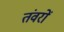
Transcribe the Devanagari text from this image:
तंवरों